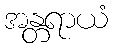
အန္တရာယံ